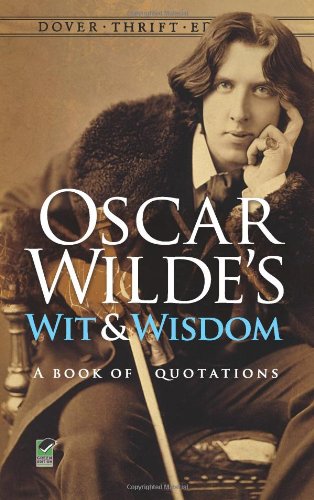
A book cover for Oscar Wilde's Wit and Wisdom: A Book of Quotations (Dover Thrift Editions); Oscar Wilde; Literature & Fiction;